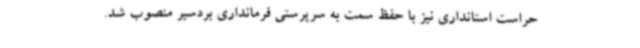
حراست استانداری نیز با حفظ سمت به سرپرستی فرمانداری بردسیر منصوب شد.